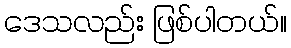
ဒေသလည်း ဖြစ်ပါတယ်။